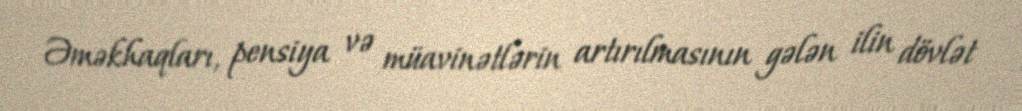
Əməkhaqları, pensiya və müavinətlərin artırılmasının gələn ilin dövlət